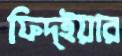
ফিদ্ইয়ার